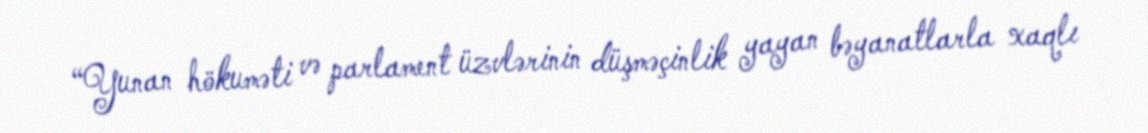
“Yunan hökuməti və parlament üzvlərinin düşməçinlik yayan bəyanatlarla xaqlı